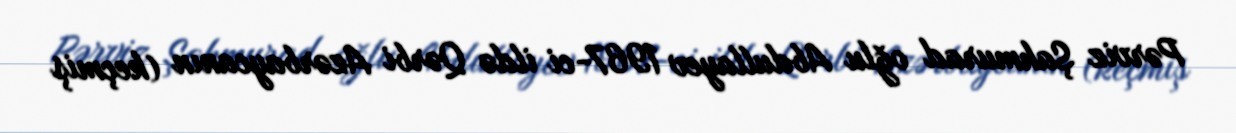
Pərviz Şahmurad oğlu Abdullayev 1967-ci ildə Qərbi Azərbaycanın (keçmiş